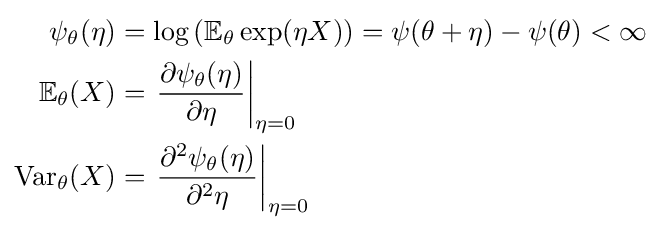
{\begin{aligned}\psi _{\theta }(\eta )&=\log \left(\mathbb {E} _{\theta }\exp(\eta X)\right)=\psi (\theta +\eta )-\psi (\theta )<\infty \\\mathbb {E} _{\theta }(X)&=\left.{\frac {\partial \psi _{\theta }(\eta )}{\partial \eta }}\right|_{\eta =0}\\\mathrm {Var} _{\theta }(X)&=\left.{\frac {\partial ^{2}\psi _{\theta }(\eta )}{\partial ^{2}\eta }}\right|_{\eta =0}\end{aligned}}